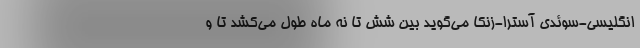
انگلیسی-سوئدی آسترا-زنکا می‌گوید بین شش تا نه ماه طول می‌کشد تا و